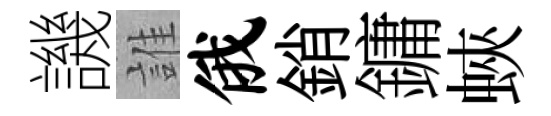
譏誰俄銷鏞蛺